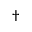
\dagger